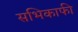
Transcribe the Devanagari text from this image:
सभिकाफी